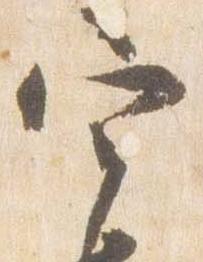
宰